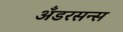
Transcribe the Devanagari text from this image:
अँडरसन्स